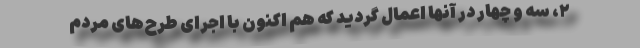
۲، سه و چهار در آنها اعمال گردید که هم اکنون با اجرای طرح‌های مردم